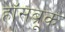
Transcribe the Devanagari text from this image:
हॉसब्रूक